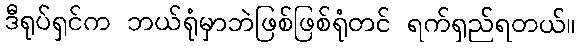
ဒီရုပ်ရှင်က ဘယ်ရုံမှာဘဲဖြစ်ဖြစ်ရုံတင် ရက်ရှည်ရတယ်။